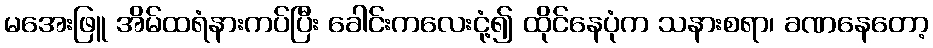
မအေးဖြူ အိမ်ထရံနားကပ်ပြီး ခေါင်းကလေးငုံ့၍ ထိုင်နေပုံက သနားစရာ၊ ခဏနေတော့